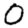
Digit: 0